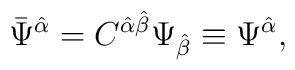
\bar\Psi^{\hat\alpha}=C^{\hat\alpha\hat\beta}\Psi_{\hat\beta}\equiv \Psi^{\hat\alpha},